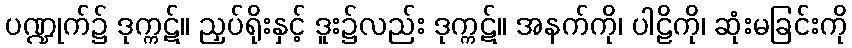
ပဏ္ဍုက်၌ ဒုက္ကဋ်။ ညှပ်ရိုးနှင့် ဒူး၌လည်း ဒုက္ကဋ်။ အနက်ကို၊ ပါဠိကို၊ ဆုံးမခြင်းကို